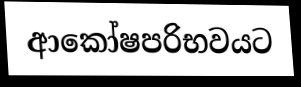
ආකෝෂපරිභවයට